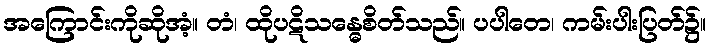
အကြောင်းကိုဆိုအံ့။ တံ၊ ထိုပဋိသန္ဓေစိတ်သည်။ ပပါတေ၊ ကမ်းပါးပြတ်၌။